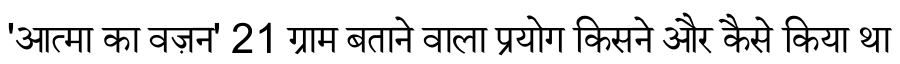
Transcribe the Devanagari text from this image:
'आत्मा का वज़न' 21 ग्राम बताने वाला प्रयोग किसने और कैसे किया था